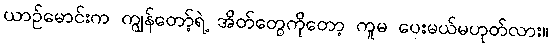
ယာဉ်မောင်းက ကျွန်တော့်ရဲ့ အိတ်တွေကိုတော့ ကူမ ပေးမယ်မဟုတ်လား။